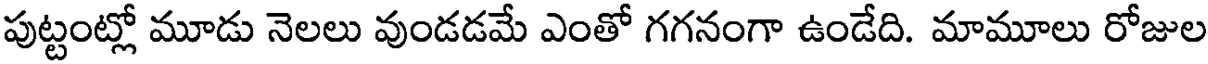
పుట్టంట్లో మూడు నెలలు వుండడమే ఎంతో గగనంగా ఉండేది. మామూలు రోజుల